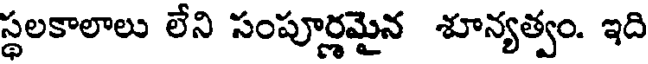
స్థలకాలాలు లేని సంపూర్ణమైన శూన్యత్వం. ఇది